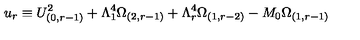
u _ { r } \equiv U _ { ( 0 , r - 1 ) } ^ { 2 } + \Lambda _ { 1 } ^ { 4 } \Omega _ { ( 2 , r - 1 ) } + \Lambda _ { r } ^ { 4 } \Omega _ { ( 1 , r - 2 ) } - M _ { 0 } \Omega _ { ( 1 , r - 1 ) }